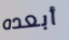
أبعده